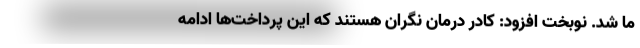
ما شد. نوبخت افزود: کادر درمان نگران هستند که این پرداخت‌ها ادامه